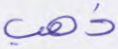
ذهب